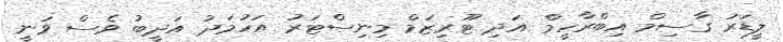
ލީޑަރު ގާސިމް އިބްރާހީމް އަދި ޓޫރިޒަމް މިނިސްޓަރު އަހުމަދު އަދީބު ވެސް ވަނީ